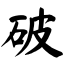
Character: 破